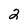
Character: 2